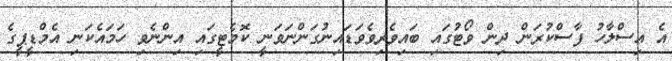
އެ އިސްލާހު ފާސްކުރަން ދިން ވޯޓުގައި ބައިވެރިވެވަޑައިނުގަންނަވަނީ ކޮމެޓީގައި އިންނެވި ހަމައެކަނި އެމްޑީޕީގެ